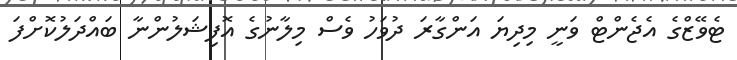
ޓެވޭޒްގެ އެޖެންޓް ވަނީ މިދިޔަ އަންގާރަ ދުވަހު ވެސް މިލާނުގެ އޮފިޝަލުންނާ ބައްދަލުކޮށްފަ